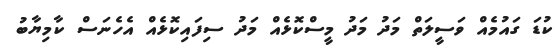
ކުޑަ ގައުމެއް ވަސީލަތް މަދު މަދު މީސްކޮޅެއް މަދު ސިފައިކޮޅެއް އެހެނަސް ކާމިޔާބު